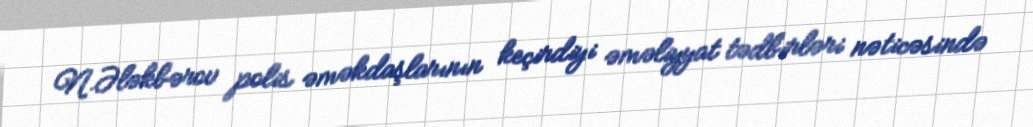
N.Ələkbərov polis əməkdaşlarının keçirdiyi əməliyyat tədbirləri nəticəsində